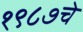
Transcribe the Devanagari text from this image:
१९८७चे